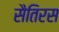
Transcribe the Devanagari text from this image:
सैतिरस